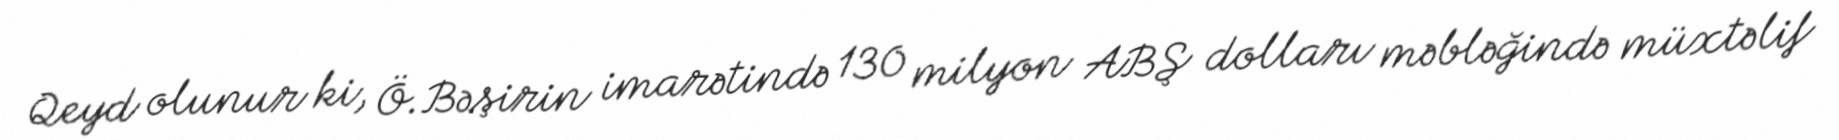
Qeyd olunur ki, Ö.Bəşirin imarətində 130 milyon ABŞ dolları məbləğində müxtəlif